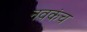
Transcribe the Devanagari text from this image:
नवकंच